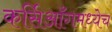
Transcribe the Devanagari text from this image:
कर्सिआँगमध्येच